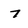
Character: 7